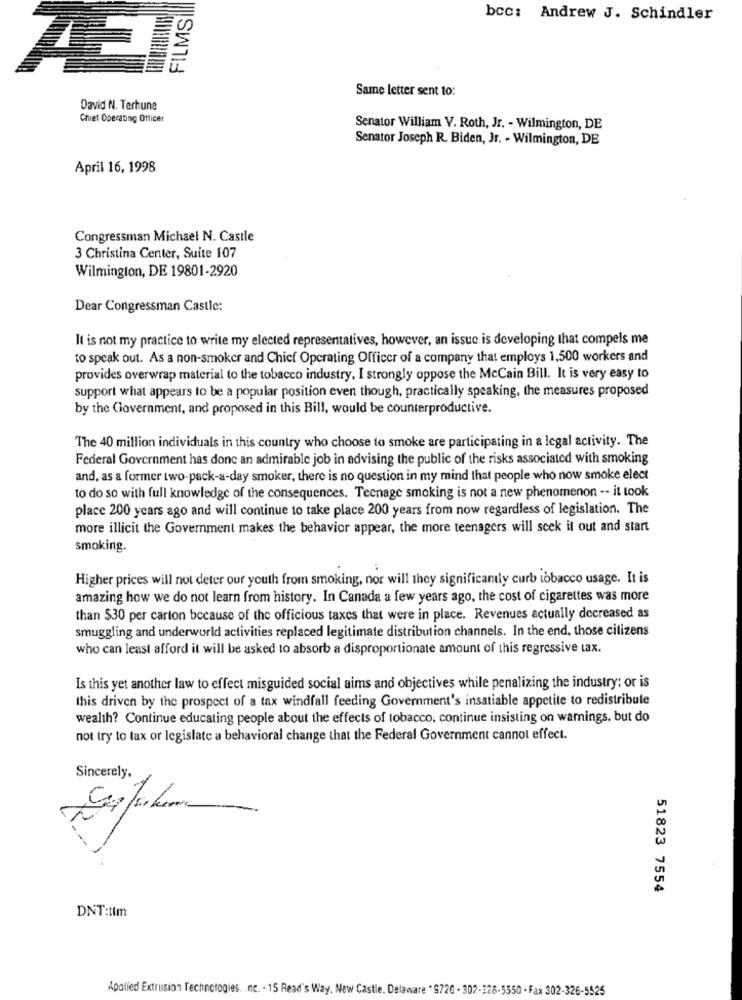
FILMS
bcc: Andrew J. Schindler
Same letter sent to:
David N. Terhune
Chief Operating Officer
Senator William V. Roth, Jr. - Wilmington, DE
Senator Joseph R. Biden, Jr. - Wilmington, DE
April 16, 1998
Congressman Michael N. Castle
3 Christina Center, Suite 107
Wilmington, DE 19801-2920
Dear Congressman Castle:
It is not my practice to write my elected representatives, however, an issue is developing that compels me
to speak out. As a non-smoker and Chief Operating Officer of a company that employs 1,500 workers and
provides overwrap material to the tobacco industry. I strongly oppose the McCain Bill. It is very easy to
support what appears to be a popular position even though, practically speaking, the measures proposed
by the Government, and proposed in this Bill, would be counterproductive.
The 40 million individuals in this country who choose to smoke are participating in a legal activity. The
Federal Government has done an admirable job in advising the public of the risks associated with smoking
and, as a former two-pack-a-day smoker, there is no question in my mind that people who now smoke elect
to do so with full knowledge of the consequences. Tecnage smoking is not a new phenomenon -- it took
place 200 years ago and will continue to take place 200 years from now regardless of legislation. The
more illicit the Government makes the behavior appear, the more teenagers will scek it out and start
smoking.
Higher prices will not deter our youth from smoking, nor will they significantly curb tobacco usage. It is
amazing how we do not learn from history. In Canada a few years ago, the cost of cigarettes was more
than $30 per carton because of the officious taxes that were in place. Revenues actually decreased as
smuggling and underworld activities replaced legitimate distribution channels. In the end, those citizens
who can least afford it will be asked to absorb a disproportionate amount of this regressive tax.
Is this yet another law to effect misguided social aims and objectives while penalizing the industry: or is
this driven by the prospect of a tax windfall feeding Government's insatiable appetite to redistribule
wealth? Continue educating people about the effects of tobacco, continue insisting on warnings, but do
not try to tax or legislate a behavioral change that the Federal Government cannot effect.
Sincerely.
51823 7554
DNT:tim
Apolied Extrusion Technologies. . ne. . 15 Read's Way. New Castle. Delaware " 9720 - 302-326-5550 - Fax 302-326-5525